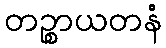
တဉ္စာယတနံ